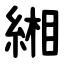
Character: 緗